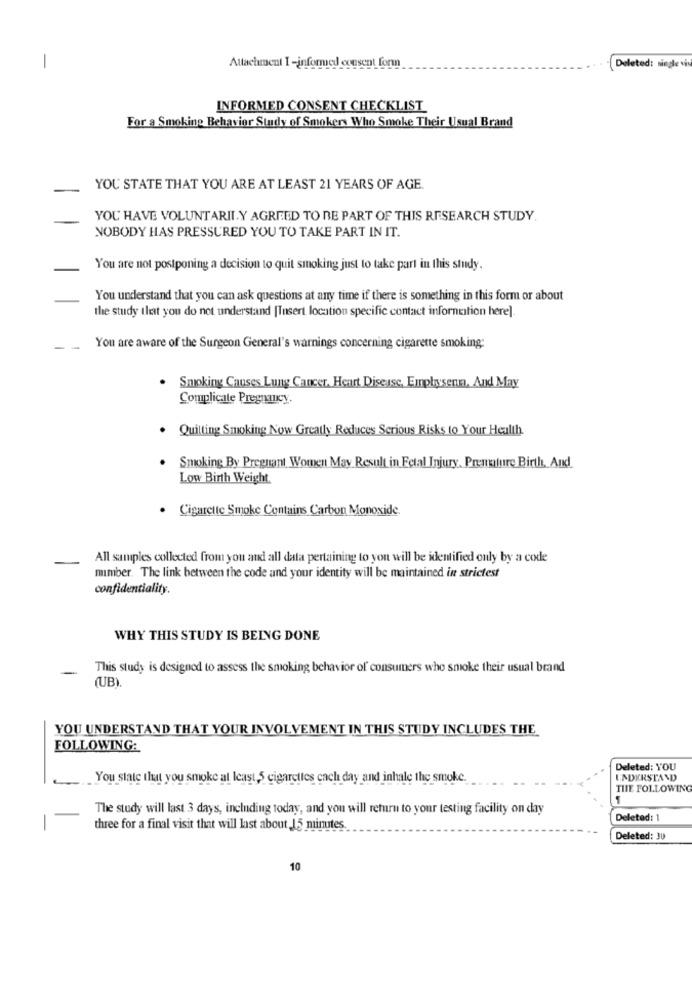
-
Attachment I-informed consent form
Deleted: single vi
INFORMED CONSENT CHECKLIST
For a Smoking Behavior Study of Smokers Who Smoke Their Usual Brand
-
YOU STATE THAT YOU ARE AT LEAST 21 YEARS OF AGE.
YOU HAVE VOLUNTARILY AGREED TO BE PART OF THIS RESEARCH STUDY.
NOBODY HAS PRESSURED YOU TO TAKE PART IN IT.
You are not postponing a decision to quit smoking just to take part in this study.
You understand that you can ask questions at any time if there is something in this form or about
the study that you do not understand [Insert location specific contact infornction here].
-
You are aware of the Surgeon General's warnings concerning cigarette smoking:
Smoking Causes Lung Cancer, Heart Disease, Empbysenn, And May
Complicate Pregnancy.
Quitting Smoking Now Greatly Reduces Serious Risks to Your Health
Smoking By Pregnant Women May Result in Fetal Injury, Premature Birth, And
Low Birth Weight
Cigarette Smoke Contains Carbon Monoxide.
All samples collected from you and all data pertaining to you will be identified only by a code
mimber. The link between the code and your identity will be maintained in strictest
confidentiality.
WHY THIS STUDY IS BEING DONE
This study is designed to assess the smoking behavior of consumers who smoke their usual brand
(UB).
YOU UNDERSTAND THAT YOUR INVOLVEMENT IN THIS STUDY INCLUDES THE
FOLLOWING:
Deleted: YOU
.You state that you smoke at least,5 cigarettes cach day and inhale the smoke.
UNDERSTAND
THE FOLLOWING
The study will last 3 days, including today, and you will return to your testing facility on day
Deleted: 1
three for a final visit that will last about 15 minutes
Deleted: 30
10